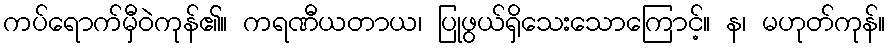
ကပ်ရောက်မှီဝဲကုန်၏။ ကရဏီယတာယ၊ ပြုဖွယ်ရှိသေးသောကြောင့်။ န၊ မဟုတ်ကုန်။